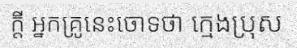
ក្តី អ្នកគ្រូនេះចោទថា ក្មេងប្រុស